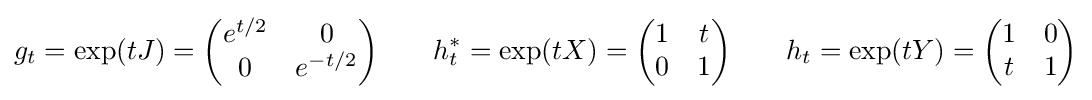
g_{t}=\exp(tJ)={\begin{pmatrix}e^{t/2}&0\\0&e^{-t/2}\\\end{pmatrix}}\qquad h_{t}^{*}=\exp(tX)={\begin{pmatrix}1&t\\0&1\\\end{pmatrix}}\qquad h_{t}=\exp(tY)={\begin{pmatrix}1&0\\t&1\\\end{pmatrix}}